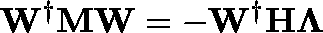
\mathbf { W } ^ { \dagger } \mathbf { M } \mathbf { W } = - \mathbf { W } ^ { \dagger } \mathbf { H } \mathbf { \Lambda }